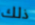
ذلك